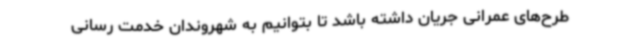
طرح‌های عمرانی جریان داشته باشد تا بتوانیم به شهروندان خدمت رسانی